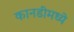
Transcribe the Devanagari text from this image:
कानडीमध्ये